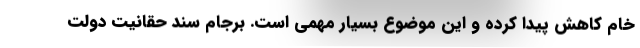
خام کاهش پیدا کرده و این موضوع بسیار مهمی است. برجام سند حقانیت دولت